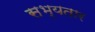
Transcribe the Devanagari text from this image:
सभ्यतार